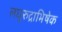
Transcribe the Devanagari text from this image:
लघुरुद्राभिषेक